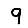
Digit: 9